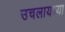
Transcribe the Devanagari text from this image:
उचलायच्या